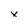
Character: x